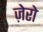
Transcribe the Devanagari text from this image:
ज़ेरो